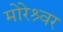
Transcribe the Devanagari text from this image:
मोरेश्र्वर